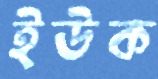
ইউক